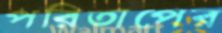
পরিতাপের